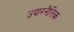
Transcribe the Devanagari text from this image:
उदारनैतिक